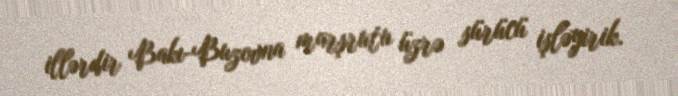
illərdir Bakı-Buzovna marşrutu üzrə sürücü işləyirik.